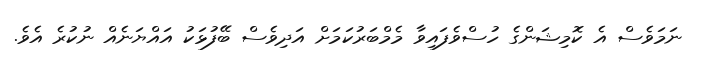
ނަމަވެސް އެ ކޮމިޝަންގެ ހުސްވެފައިވާ މެމްބަރުކަމަށް އަދިވެސް ބޭފުޅަކު އައްޔަނެއް ނުކުރެ އެވެ.